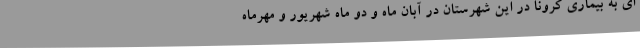
ای به بیماری کرونا در این شهرستان در آبان ماه و دو ماه شهریور و مهرماه